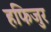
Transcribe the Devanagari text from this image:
हफिजुर